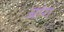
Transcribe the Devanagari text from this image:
ब्रांग